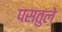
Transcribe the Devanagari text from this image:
पसतुले